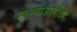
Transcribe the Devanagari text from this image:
मरण्याआगोदर